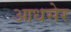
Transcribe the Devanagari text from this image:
आधसेर